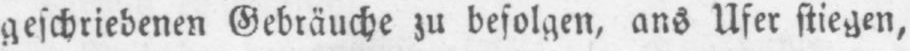
geschriebenen Gebräuche zu befolgen, ans Ufer stiegen,